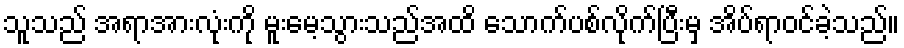
သူသည် အရာအားလုံးကို မူးမေ့သွားသည်အထိ သောက်ပစ်လိုက်ပြီးမှ အိပ်ရာဝင်ခဲ့သည်။